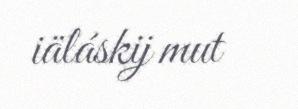
iäláskij mut